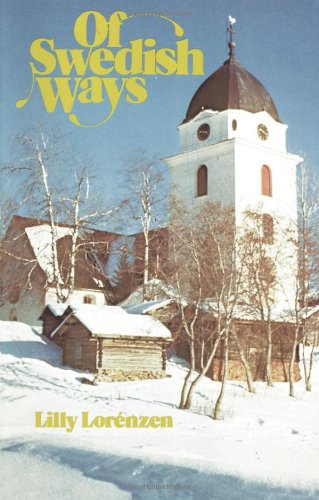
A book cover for Of Swedish Ways; Lily Lorenzen; History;